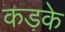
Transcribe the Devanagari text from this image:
कड़के